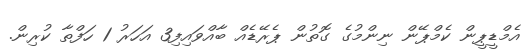
އެމްޑީޕީން ކެމްޕޭން ނިންމުގެ ގޮތުން ޕެރޭޑެއް ބާއްވައިފި3 އަހަރު 1 ހަފްތާ ކުރިން.